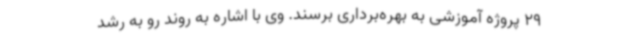
29 پروژه آموزشی به بهره‌برداری برسند. وی با اشاره به روند رو به رشد